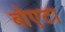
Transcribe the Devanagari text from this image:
बोएटा